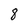
Character: 8